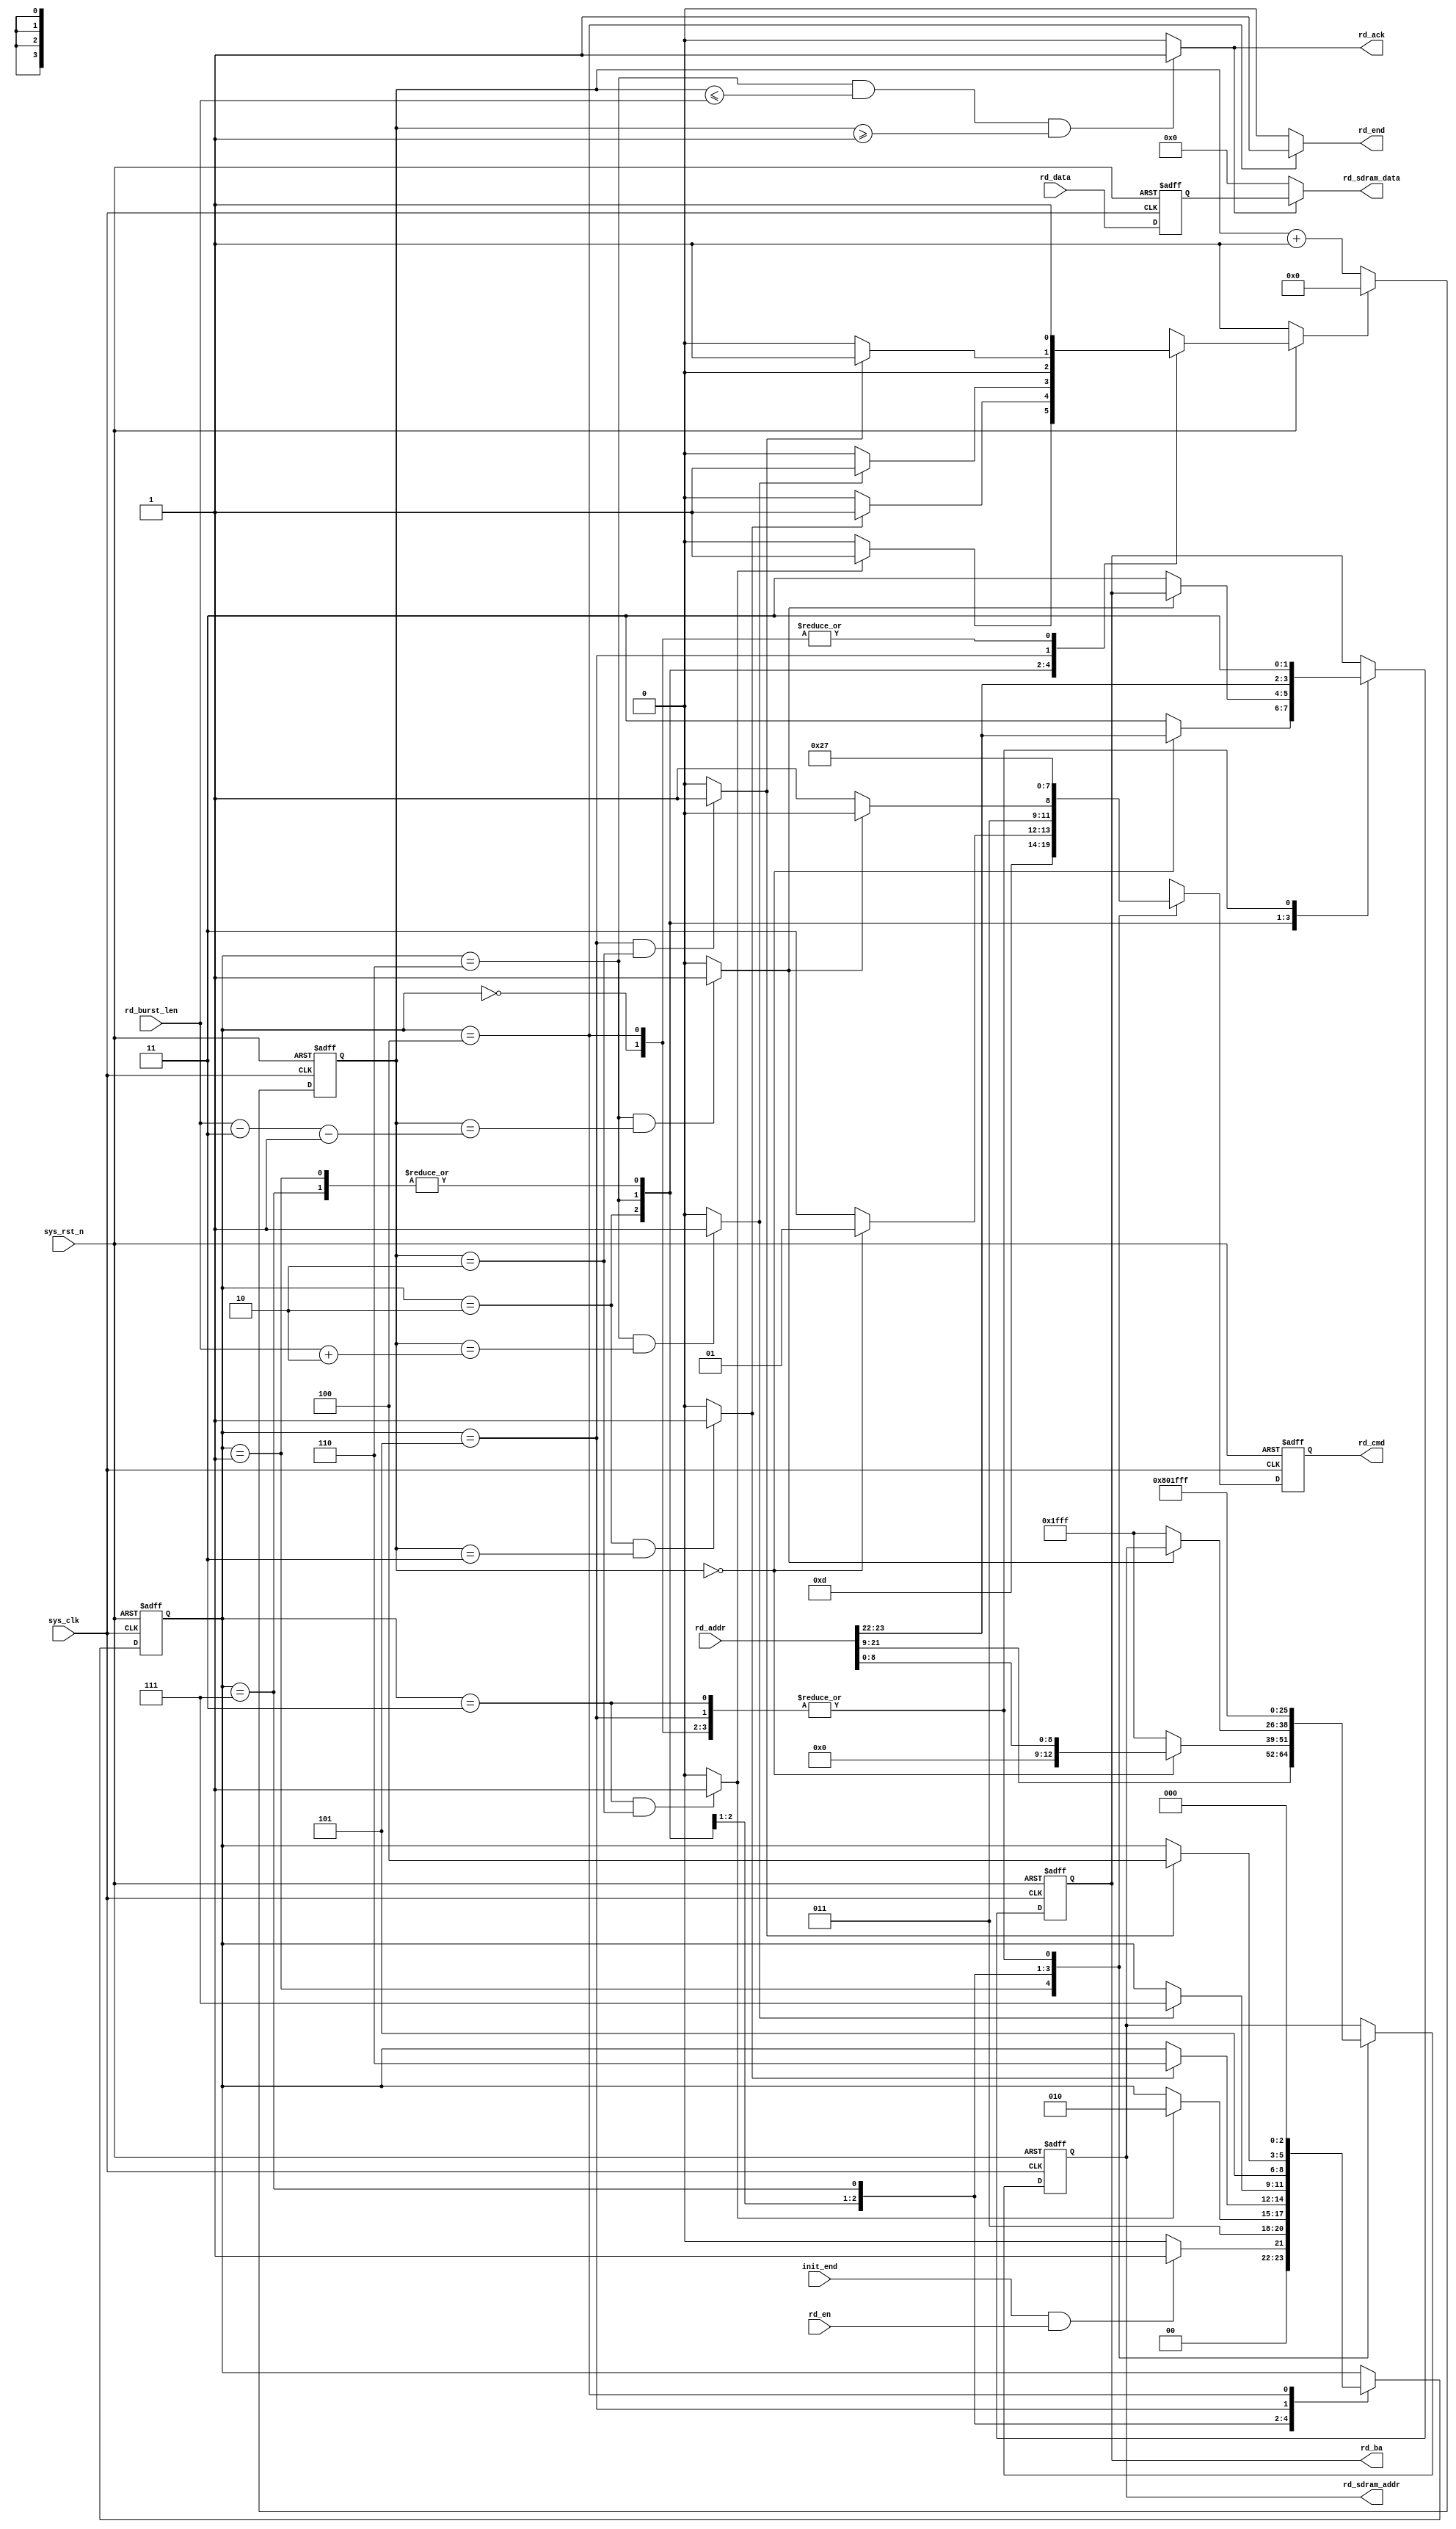
module  sdram_read
(
    input   wire            sys_clk         ,
    input   wire            sys_rst_n       ,
    input   wire            init_end        ,
    input   wire            rd_en           ,
    input   wire    [23:0]  rd_addr         ,
    input   wire    [15:0]  rd_data         ,
    input   wire    [9:0]   rd_burst_len    , // columns is 9 bit width = 512 data, but 9'b1_1111_1111 = 'd511 so that 'd512 needs 10 bits width.
    
    output  wire            rd_ack          , // using to fifo_ctrl, read_fifo wirte_en
    output  wire            rd_end          ,
    output  reg     [3:0]   rd_cmd          ,
    output  reg     [1:0]   rd_ba           ,
    output  reg     [12:0]  rd_sdram_addr   ,
    output  wire    [15:0]  rd_sdram_data   
);

parameter   TRCD_CLK    =   10'd2   , 
            TRP_CLK     =   10'd2   ; 
            
parameter   RD_IDLE     =   3'b000 ,  
            RD_ACTIVE   =   3'b001 ,  
            RD_TRCD     =   3'b011 ,  
            RD_READ     =   3'b010 ,  
            RD_DATA     =   3'b110 ,  
            RD_PRE      =   3'b111 ,  
            RD_TRP      =   3'b101 ,  
            RD_END      =   3'b100 ;  
            
parameter   NOP         =   4'b0111 , 
            ACTIVE      =   4'b0011 , 
            READ        =   4'b0101 , 
            B_STOP      =   4'b0110 , 
            P_CHARGE    =   4'b0010 ; 

parameter   BURST_L     =   10'd3;//cas latency

wire            trcd_end    ;//
wire            trd_end     ;//
wire            trp_end     ;//
wire            tcl_end     ;
wire            rd_b_end    ;

reg     [2:0]   rd_state    ;//
reg     [9:0]   cnt_clk     ;//
reg             cnt_clk_rst ;//
reg     [15:0]  rd_data_reg ;

assign  trcd_end    = (rd_state == RD_TRCD && cnt_clk == TRCD_CLK) ? 1'b1 : 1'b0;
assign  trd_end     = (rd_state == RD_DATA && cnt_clk == rd_burst_len + 10'd2) ? 1'b1 : 1'b0;
assign  trp_end     = (rd_state == RD_TRP  && cnt_clk == TRP_CLK) ? 1'b1 : 1'b0;
assign  tcl_end     = (rd_state == RD_READ && cnt_clk == BURST_L) ? 1'b1 : 1'b0;
assign  rd_b_end    = (rd_state == RD_DATA && cnt_clk == rd_burst_len - BURST_L - 1'b1 ) ? 1'b1 : 1'b0;

always@(posedge sys_clk or negedge sys_rst_n)
     if(sys_rst_n == 1'b0)
        cnt_clk <= 10'd0;
     else if(cnt_clk_rst == 1'b1)
        cnt_clk <= 10'd0;
     else
        cnt_clk <= cnt_clk + 1'b1;

always@(posedge sys_clk or negedge sys_rst_n)
     if(sys_rst_n == 1'b0)
        rd_data_reg <= 16'b0;
     else 
        rd_data_reg <= rd_data;

always@(posedge sys_clk or negedge sys_rst_n)
     if(sys_rst_n == 1'b0)
        rd_state <= RD_IDLE;
     else
        case (rd_state)
            RD_IDLE   :
                if(init_end == 1'b1 && rd_en == 1'b1)
                    rd_state <= RD_ACTIVE;
                else
                    rd_state <= RD_IDLE;
            RD_ACTIVE :
                    rd_state <= RD_TRCD;
            RD_TRCD   :
                if(trcd_end == 1'b1)
                    rd_state <= RD_READ;
            RD_READ  :
                if(tcl_end == 1'b1)
                    rd_state <= RD_DATA; 
            RD_DATA   :
                if(trd_end == 1'b1)
                    rd_state <= RD_PRE;
            RD_PRE    :
                    rd_state <= RD_TRP;
            RD_TRP    :
              if(trp_end == 1'b1)
                    rd_state <= RD_END;
            RD_END    :
                    rd_state <= RD_IDLE;
            default: rd_state <= RD_IDLE;
        endcase

always@(*)
    if(sys_rst_n == 1'b0)
        cnt_clk_rst <= 1'b1;
    else
        case(rd_state)
            RD_IDLE   : cnt_clk_rst <= 1'b1;
            RD_ACTIVE : cnt_clk_rst <= 1'b0;
            RD_TRCD   : cnt_clk_rst <= (trcd_end == 1'b1) ? 1'b1 : 1'b0;
            RD_READ   : cnt_clk_rst <= (tcl_end == 1'b1) ? 1'b1 : 1'b0;
            RD_DATA   : cnt_clk_rst <= (trd_end == 1'b1) ? 1'b1 : 1'b0;
            RD_PRE    : cnt_clk_rst <= 1'b0;
            RD_TRP    : cnt_clk_rst <= (trp_end == 1'b1) ? 1'b1 : 1'b0;
            RD_END    : cnt_clk_rst <= 1'b1;
            default:    cnt_clk_rst <= 1'b1;
        endcase

assign rd_ack = ((rd_state == RD_DATA) && (cnt_clk <= rd_burst_len ) && (cnt_clk >= 10'd1)) ? 1'b1 : 1'b0;

assign rd_end = (rd_state == RD_END) ? 1'b1 : 1'b0;

always@(posedge sys_clk or negedge sys_rst_n)
    if(sys_rst_n == 1'b0)
        begin
            rd_cmd          <= NOP;
            rd_ba           <= 2'b11;
            rd_sdram_addr   <= 13'h1fff;
        end
    else
        case(rd_state)
            RD_IDLE   :
                begin
                    rd_cmd          <= NOP;
                    rd_ba           <= 2'b11;
                    rd_sdram_addr   <= 13'h1fff;
                end
            RD_ACTIVE :
                begin
                    rd_cmd          <= ACTIVE;
                    rd_ba           <= rd_addr[23:22];
                    rd_sdram_addr   <= rd_addr[21:9];
                end
            RD_TRCD   :
                begin
                    rd_cmd          <= NOP;
                    rd_ba           <= 2'b11;
                    rd_sdram_addr   <= 13'h1fff;
                end
            RD_READ  :
                if(cnt_clk == 10'd0)
                    begin
                        rd_cmd          <= READ;
                        rd_ba           <= rd_addr[23:22];
                        rd_sdram_addr   <= {4'b0000,rd_addr[8:0]};
                    end
                else
                    begin
                        rd_cmd          <= NOP;
                        rd_ba           <= 2'b11;
                        rd_sdram_addr   <= 13'h1fff;
                    end
            RD_DATA   :
                if(rd_b_end == 1'b1)
                    rd_cmd <= B_STOP;
                else
                    begin
                        rd_cmd          <= NOP;
                        rd_ba           <= 2'b11;
                        rd_sdram_addr   <= 13'h1fff;
                    end
            RD_PRE    :
                begin
                    rd_cmd          <= P_CHARGE;
                    rd_ba           <= rd_addr[23:22];
                    rd_sdram_addr   <= 13'h0400; // A10 = 1'b1 to pre_charge all bank,
                end
            RD_TRP    :
                begin
                    rd_cmd          <= NOP;
                    rd_ba           <= 2'b11;
                    rd_sdram_addr   <= 13'h1fff;
                end
            RD_END    :
                begin
                    rd_cmd          <= NOP;
                    rd_ba           <= 2'b11;
                    rd_sdram_addr   <= 13'h1fff;
                end
            default:
                begin
                    rd_cmd          <= NOP;
                    rd_ba           <= 2'b11;
                    rd_sdram_addr   <= 13'h1fff;
                end
        endcase

assign rd_sdram_data = (rd_ack == 1'b1) ? rd_data_reg : 16'b0;

endmodule